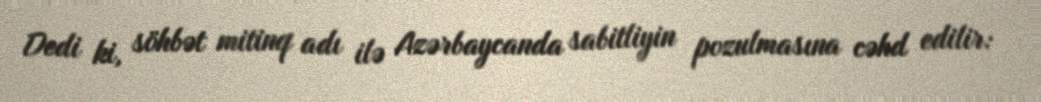
Dedi ki, söhbət mitinq adı ilə Azərbaycanda sabitliyin pozulmasına cəhd edilir: